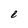
Character: e